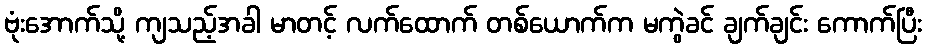
ဗုံးအောက်သို့ ကျသည့်အခါ မာတင့် လက်ထောက် တစ်ယောက်က မကွဲခင် ချက်ချင်း ကောက်ပြီး